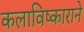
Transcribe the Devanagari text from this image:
कलाविष्काराने